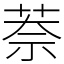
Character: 萘